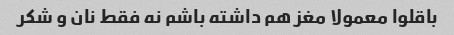
باقلوا معمولا مغز هم داشته باشم نه فقط نان و شکر